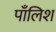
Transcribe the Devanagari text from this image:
पाँलिश